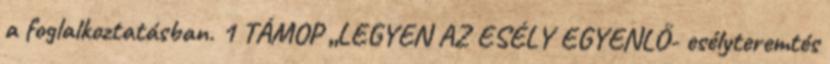
a foglalkoztatásban. 1 TÁMOP „LEGYEN AZ ESÉLY EGYENLŐ- esélyteremtés